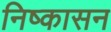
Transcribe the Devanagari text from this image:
निष्‍कासन